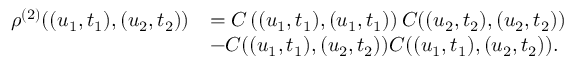
\begin{array} { r l } { \rho ^ { ( 2 ) } ( ( u _ { 1 } , t _ { 1 } ) , ( u _ { 2 } , t _ { 2 } ) ) } & { = C \left( ( u _ { 1 } , t _ { 1 } ) , ( u _ { 1 } , t _ { 1 } ) \right) C ( ( u _ { 2 } , t _ { 2 } ) , ( u _ { 2 } , t _ { 2 } ) ) } \\ & { - C ( ( u _ { 1 } , t _ { 1 } ) , ( u _ { 2 } , t _ { 2 } ) ) C ( ( u _ { 1 } , t _ { 1 } ) , ( u _ { 2 } , t _ { 2 } ) ) . } \end{array}